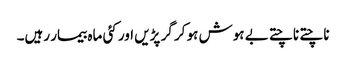
ناچتے ناچتے بے ہوش ہو کر گر پڑیں اور کئی ماہ بیمار رہیں۔